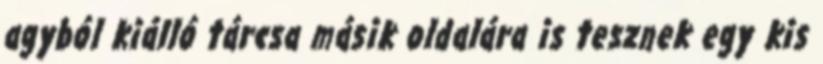
agyból kiálló tárcsa másik oldalára is tesznek egy kis